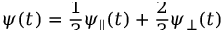
\psi ( t ) = \smash { \frac { 1 } { 3 } \psi _ { \parallel } ( t ) + \frac { 2 } { 3 } \psi _ { \perp } ( t ) }